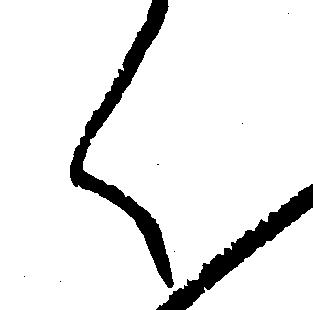
く